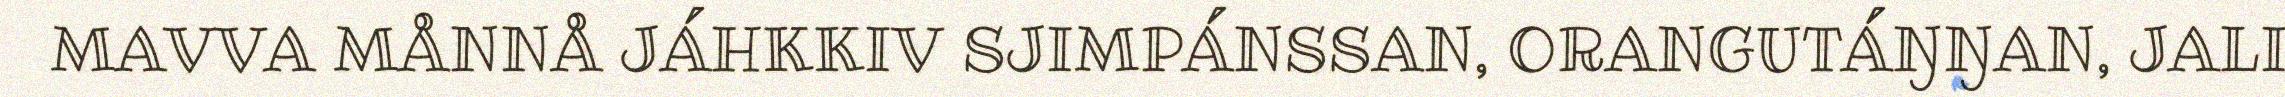
MAVVA MÅNNÅ JÁHKKIV SJIMPÁNSSAN, ORANGUTÁŊŊAN, JALI